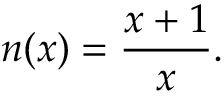
n ( x ) = \frac { x + 1 } { x } .